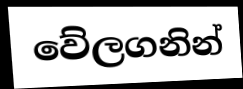
වේලගනින්